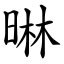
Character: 晽